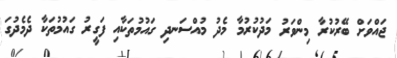
ޖައްވަށް ބޭރުކުރާ މިންވަރު މަދުކުރުމާ މެދު މުއްސަނދި ގައުމުތަކާއި ފަގީރު ގައުމުތަކާ ދެމެދުގަ